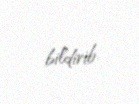
bildirib.